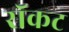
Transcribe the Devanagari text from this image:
रॉकट